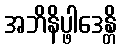
အဘိနိပ္ဖါဒေန္တိ